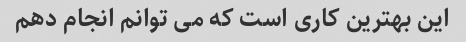
این بهترین کاری است که می توانم انجام دهم